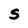
Character: S